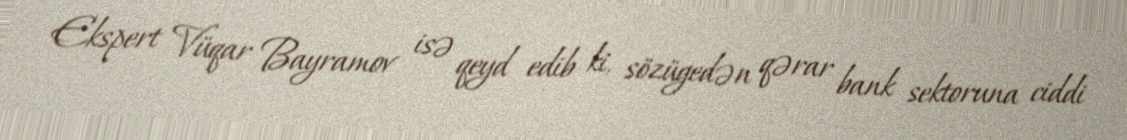
Ekspert Vüqar Bayramov isə qeyd edib ki, sözügedən qərar bank sektoruna ciddi